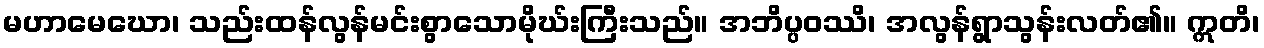
မဟာမေဃော၊ သည်းထန်လွန်မင်းစွာသောမိုဃ်းကြီးသည်။ အဘိပ္ပဝဿိ၊ အလွန်ရွာသွန်းလတ်၏။ ဣတိ၊